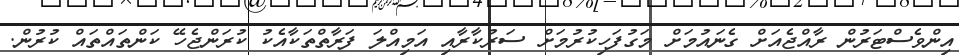
އިންވެސްޓަރުން ރާއްޖެއަށް ގެނައުމަށް މަގުފަހިކުރުމަށް ސަރުކާރާއި އަމިއްލަ ފަރާތްތަކާއެކު ކުރަންޖެހޭ ކަންތައްތައް ކުރުން.